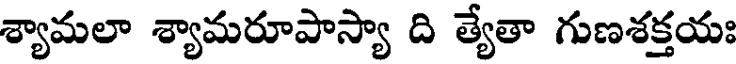
శ్యామలా శ్యామరూపాస్యా ది త్యేతా గుణశక్తయః